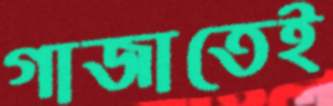
গাজাতেই